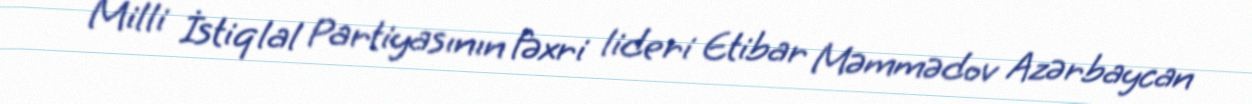
Milli İstiqlal Partiyasının fəxri lideri Etibar Məmmədov Azərbaycan